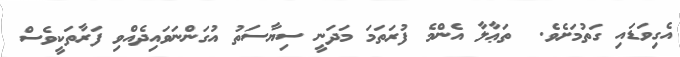
އެގިވަޑައި ގަތުމަށެވެ.  ތަޢާލާ އެންމެ ފުރަތަމަ މަދަނީ ސިޔާސަތު އުގަންނަވައިދެއްވި ފަރާތަކީވެސް